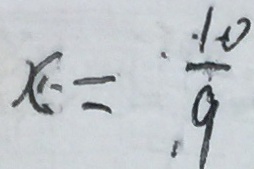
x \cdot = \frac { . \cdot 1 0 } { . 9 }